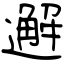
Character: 邂